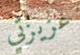
عزيزتي